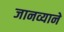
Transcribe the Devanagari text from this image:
जानव्याने